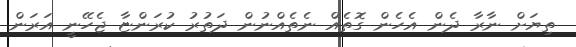
ތިޔަށް ނާރާ ދެން އެހެން ގޮތެއް ނެތެއްނުން ދަތުރު ކުރަންޏާ ޖެހޭނީ އަރަން